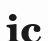
іс